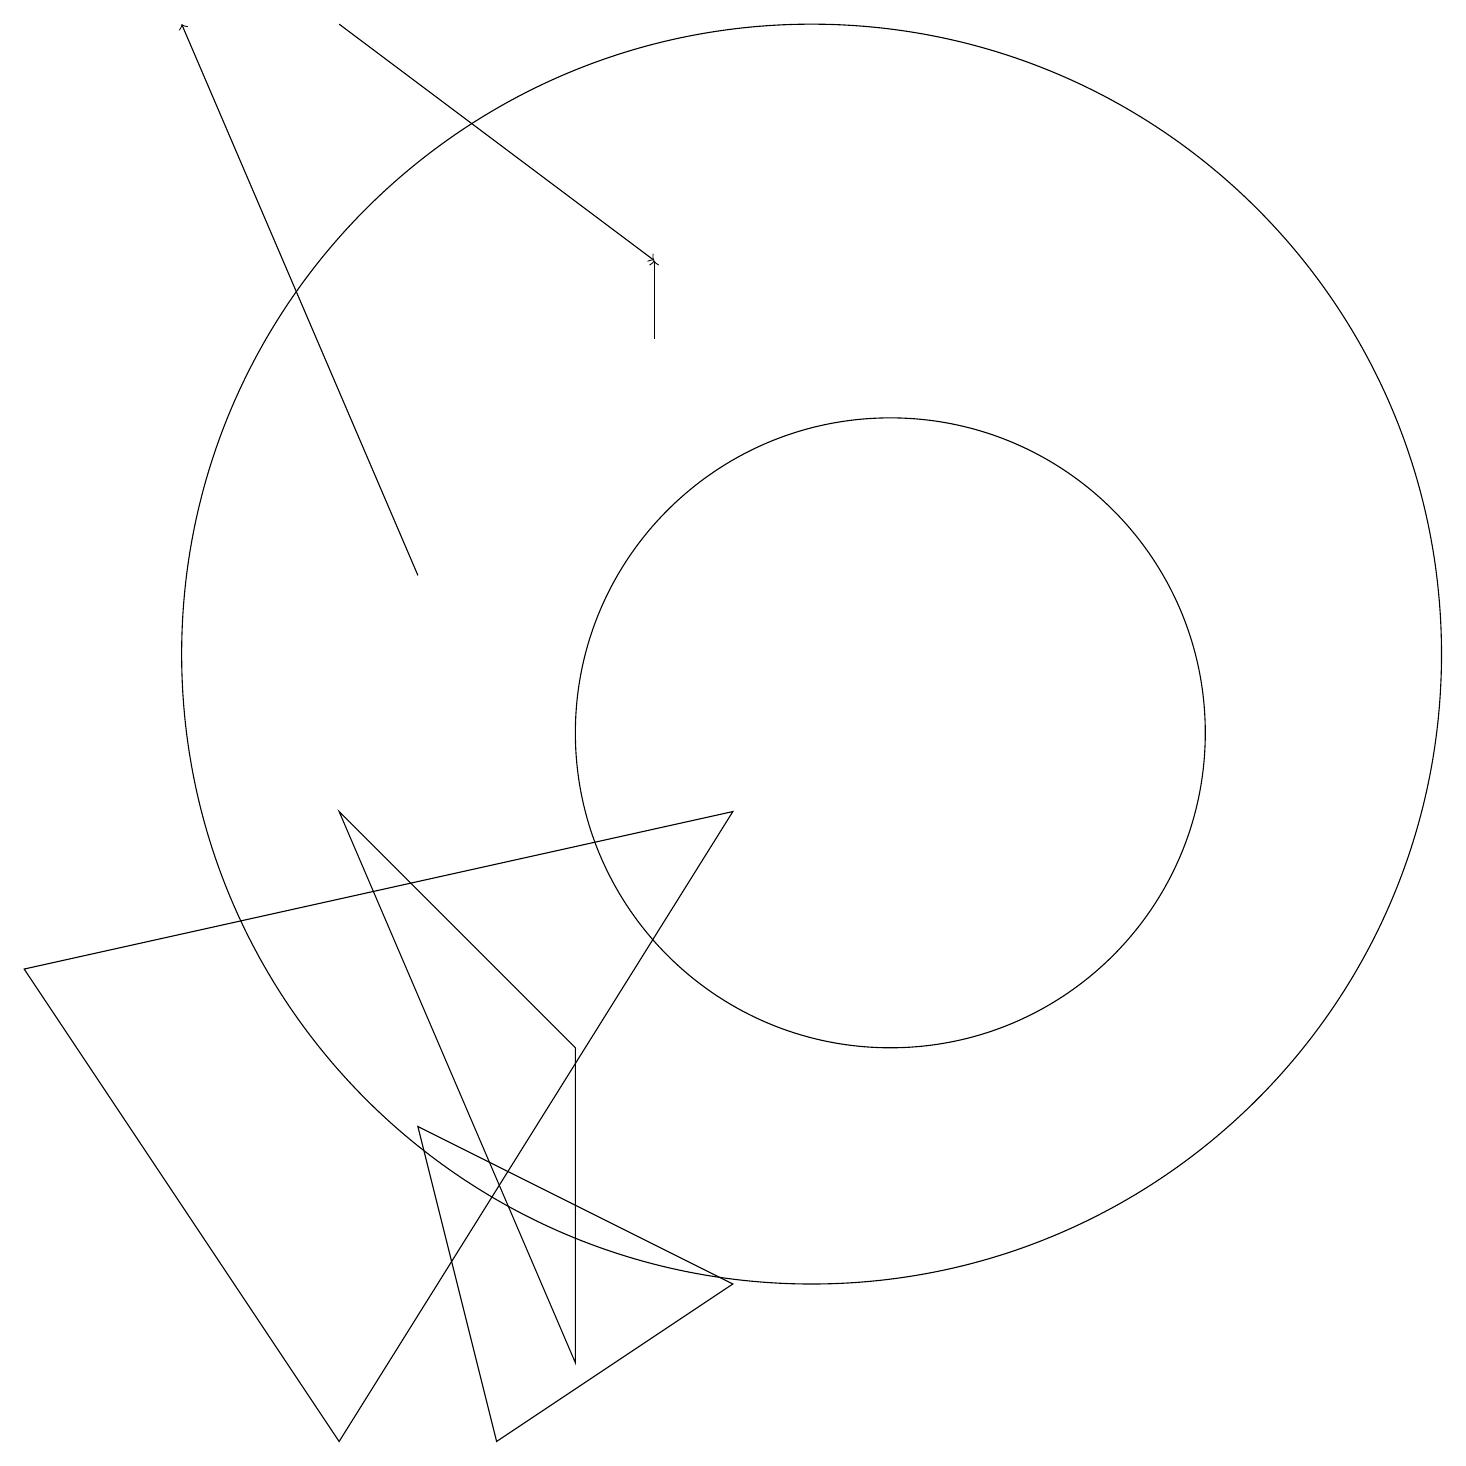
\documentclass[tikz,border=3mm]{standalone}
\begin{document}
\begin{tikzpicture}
\draw (10,11) circle (8);
\draw[->] (4,19) -- (8,16);
\draw (11,10) circle (4);
\draw[->] (5,12) -- (2,19);
\draw (0,7) -- (9,9) -- (4,1) -- cycle;
\draw[->] (8,15) -- (8,16);
\draw (5,5) -- (9,3) -- (6,1) -- cycle;
\draw (7,6) -- (4,9) -- (7,2) -- cycle;
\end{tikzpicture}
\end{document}